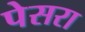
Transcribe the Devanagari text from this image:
पेसरा